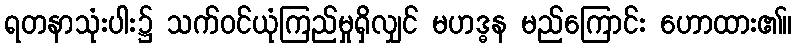
ရတနာသုံးပါး၌ သက်ဝင်ယုံကြည်မှုရှိလျှင် မဟဒ္ဓန မည်ကြောင်း ဟောထား၏။